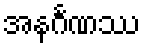
အနင်္ဂဏဿ